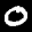
Label: 0